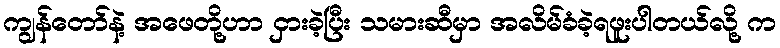
ကျွန်တော်နဲ့ အဖေတို့ဟာ ငှားခဲ့ပြီး သမားဆီမှာ အလိမ်ခံခဲ့ရဖူးပါတယ်လို့ က